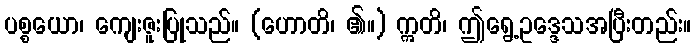
ပစ္စယော၊ ကျေးဇူးပြုသည်။ (ဟောတိ၊ ၏။) ဣတိ၊ ဤရွေ့ဥဒ္ဒေသအပြီးတည်း။